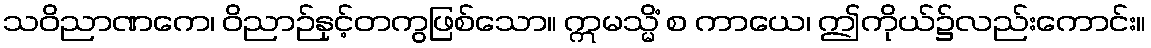
သဝိညာဏကေ၊ ဝိညာဉ်နှင့်တကွဖြစ်သော။ ဣမသ္မိံ စ ကာယေ၊ ဤကိုယ်၌လည်းကောင်း။